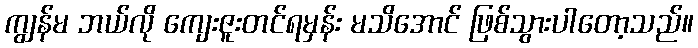
ကျွန်မ ဘယ်လို ကျေးဇူးတင်ရမှန်း မသိအောင် ဖြစ်သွားပါတော့သည်။